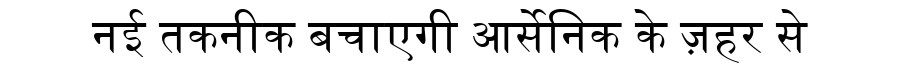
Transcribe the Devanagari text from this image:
नई तकनीक बचाएगी आर्सेनिक के ज़हर से